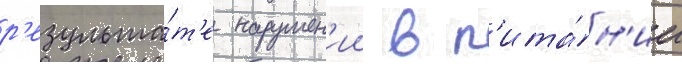
р'езульта́т'е нарушен'ии в п'ита́н'ии